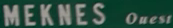
MEKNES Ouest